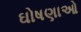
ઘોષણાઓ